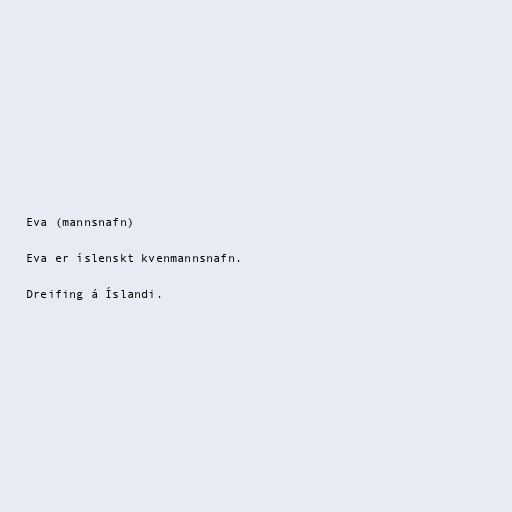
Eva (mannsnafn)

Eva er íslenskt kvenmannsnafn.

Dreifing á Íslandi.